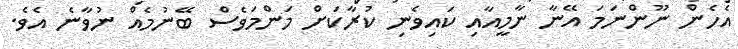
އެހެން ނޫންނަމަ އޭނާ ނާމީއާއި ކައިވެނި ކުރާކަށް މަންމަވެސް ބޭނުމެއް ނުވާނެ އެވެ.